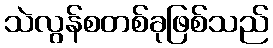
သဲလွန်စတစ်ခုဖြစ်သည်